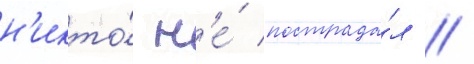
н'икто́ н'е́ пострада́л //